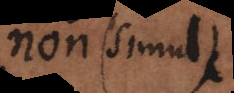
Non (simul)